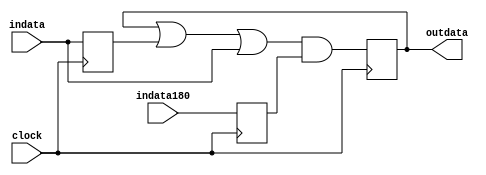
//--------------------------------------------------------------------------------
// filter.vhd
//
// Copyright (C) 2006 Michael Poppitz
// 
// This program is free software; you can redistribute it and/or modify
// it under the terms of the GNU General Public License as published by
// the Free Software Foundation; either version 2 of the License, or (at
// your option) any later version.
//
// This program is distributed in the hope that it will be useful, but
// WITHOUT ANY WARRANTY; without even the implied warranty of
// MERCHANTABILITY or FITNESS FOR A PARTICULAR PURPOSE. See the GNU
// General Public License for more details.
//
// You should have received a copy of the GNU General Public License along
// with this program; if not, write to the Free Software Foundation, Inc.,
// 51 Franklin St, Fifth Floor, Boston, MA 02110, USA
//
//--------------------------------------------------------------------------------
//
// Details: http://www.sump.org/projects/analyzer/
//
// Fast 32 channel digital noise filter using a single LUT function for each
// individual channel. It will filter out all pulses that only appear for half
// a clock cycle. This way a pulse has to be at least 5-10ns long to be accepted
// as valid. This is sufficient for sample rates up to 100MHz.
//
//--------------------------------------------------------------------------------
//
// 12/29/2010 - Verilog Version + cleanups created by Ian Davis - mygizmos.org
// 

`timescale 1ns/100ps

module filter (clock, indata, indata180, outdata);
input clock;
input [31:0] indata;
input [31:0] indata180;
output [31:0] outdata;

reg [31:0] dly_indata, next_dly_indata; 
reg [31:0] dly_indata180, next_dly_indata180; 
reg [31:0] outdata, next_outdata;

always @(posedge clock) 
begin
  outdata = next_outdata;
  dly_indata = next_dly_indata;
  dly_indata180 = next_dly_indata180;
end

always @*
begin
  #1;
  next_outdata = (outdata | dly_indata | indata) & dly_indata180;
  next_dly_indata = indata;
  next_dly_indata180 = indata180;
end
endmodule